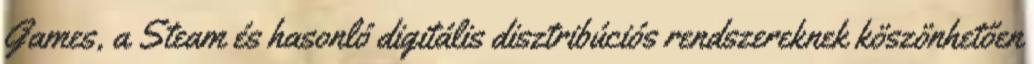
Games, a Steam és hasonló digitális disztribúciós rendszereknek köszönhetően